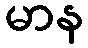
မာန